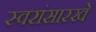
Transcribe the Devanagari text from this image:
स्वरांसारखे